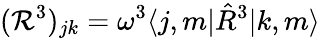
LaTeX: ({\mathcal R}^{3})_{jk}=\omega^{3}{\langle j,m|}{\hat{R}}^{3}{|k,m\rangle}